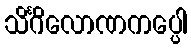
သိင်္ဂိလောဏကပ္ပေါ